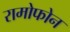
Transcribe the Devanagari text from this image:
रामोफोन